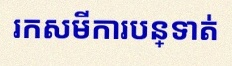
រកសមីការបន្ទាត់